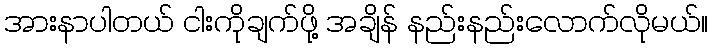
အားနာပါတယ် ငါးကိုချက်ဖို့ အချိန် နည်းနည်းလောက်လိုမယ်။